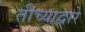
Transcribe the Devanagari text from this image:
तीच्याद्वारे